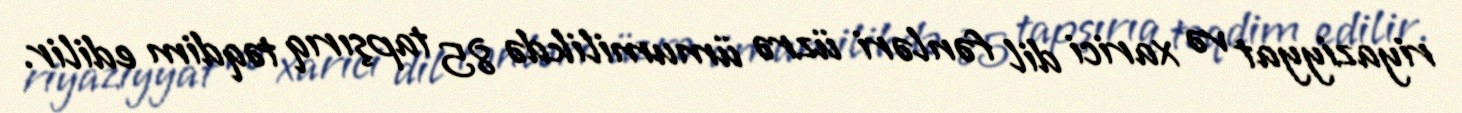
riyaziyyat və xarici dil fənləri üzrə ümumilikdə 85 tapşırıq təqdim edilir.